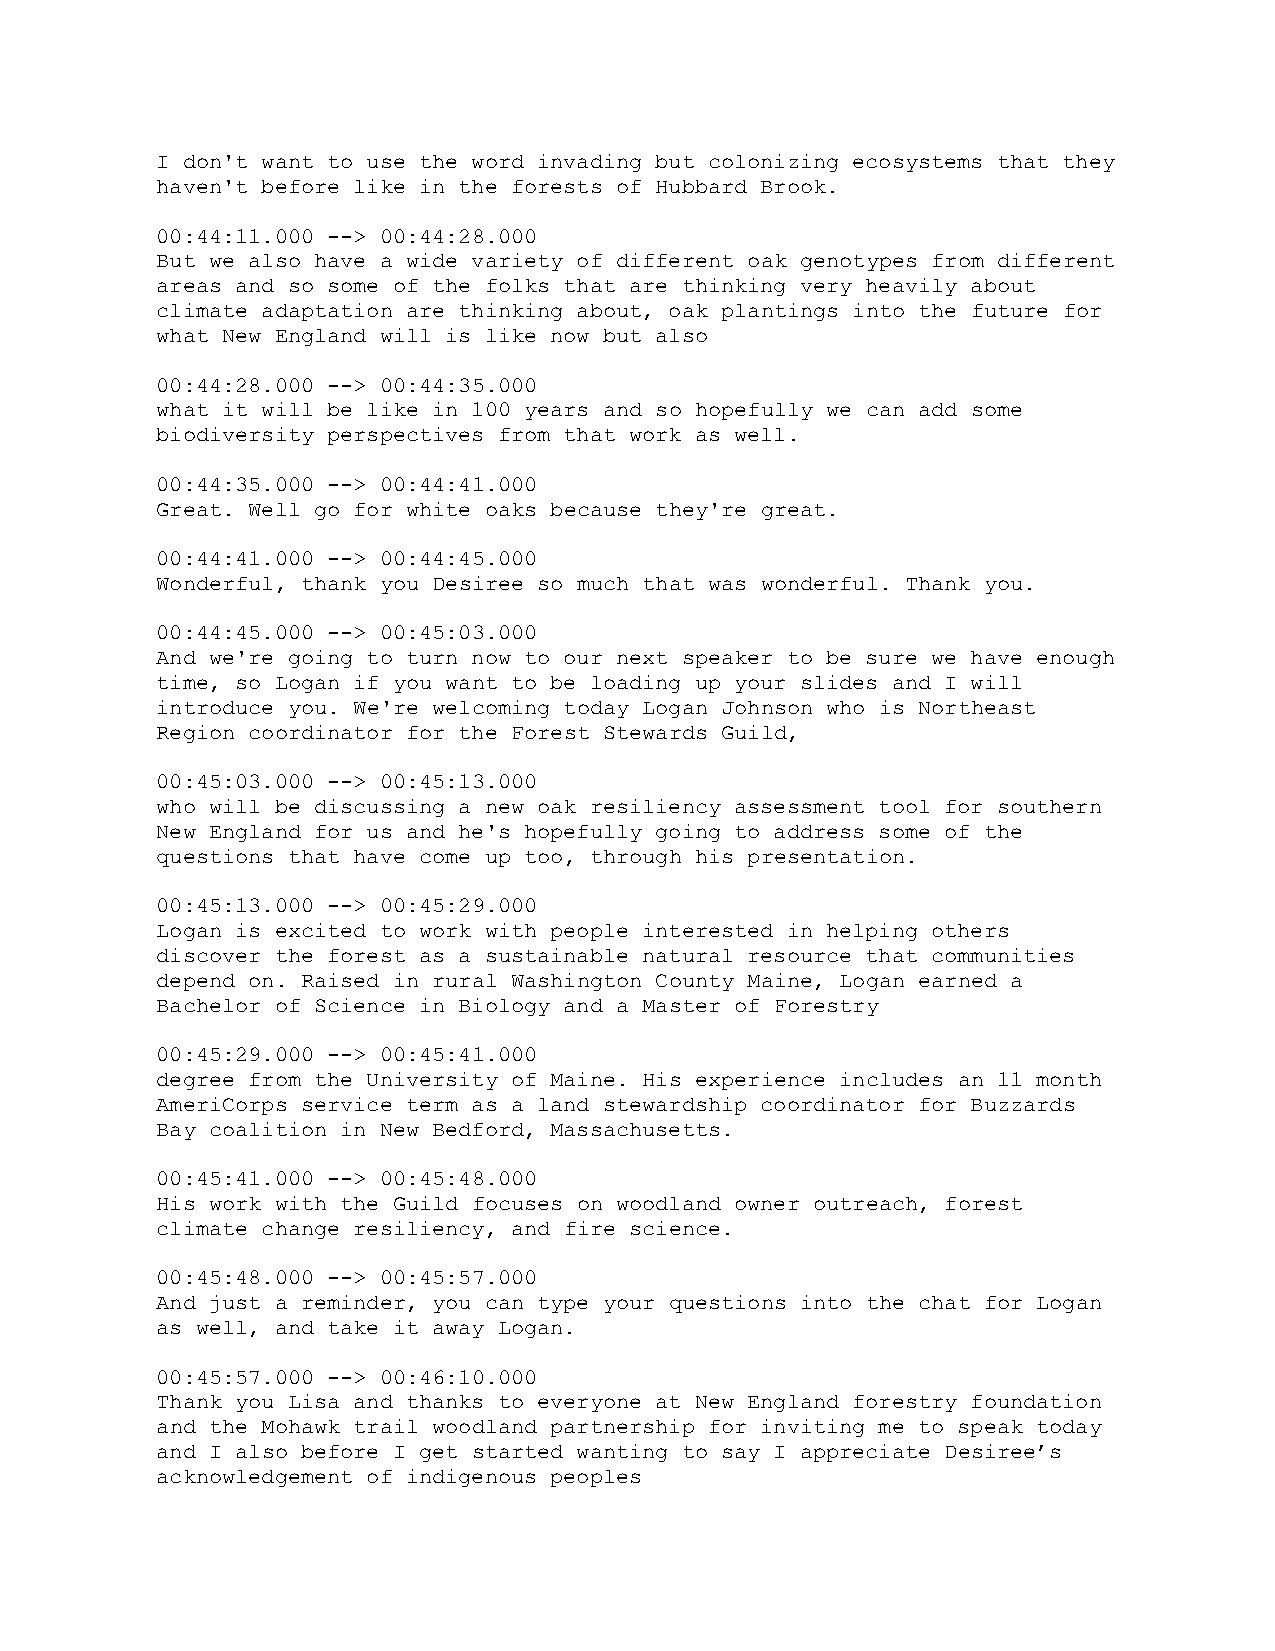
I don't want to use the word invading but colonizing ecosystems that they
 haven't before like in the forests of Hubbard Brook.
 00:44:11.000 --> 00:44:28.000
 But we also have a wide variety of different oak genotypes from different
 areas and so some of the folks that are thinking very heavily about
 climate adaptation are thinking about, oak plantings into the future for
 what New England will is like now but also
 00:44:28.000 --> 00:44:35.000
 what it will be like in 100 years and so hopefully we can add some
 biodiversity perspectives from that work as well.
 00:44:35.000 --> 00:44:41.000
 Great. Well go for white oaks because they're great.
 00:44:41.000 --> 00:44:45.000
 Wonderful, thank you Desiree so much that was wonderful. Thank you.
 00:44:45.000 --> 00:45:03.000
 And we're going to turn now to our next speaker to be sure we have enough
 time, so Logan if you want to be loading up your slides and I will
 introduce you. We're welcoming today Logan Johnson who is Northeast
 Region coordinator for the Forest Stewards Guild,
 00:45:03.000 --> 00:45:13.000
 who will be discussing a new oak resiliency assessment tool for southern
 New England for us and he's hopefully going to address some of the
 questions that have come up too, through his presentation.
 00:45:13.000 --> 00:45:29.000
 Logan is excited to work with people interested in helping others
 discover the forest as a sustainable natural resource that communities
 depend on. Raised in rural Washington County Maine, Logan earned a
 Bachelor of Science in Biology and a Master of Forestry
 00:45:29.000 --> 00:45:41.000
 degree from the University of Maine. His experience includes an 11 month
 AmeriCorps service term as a land stewardship coordinator for Buzzards
 Bay coalition in New Bedford, Massachusetts.
 00:45:41.000 --> 00:45:48.000
 His work with the Guild focuses on woodland owner outreach, forest
 climate change resiliency, and fire science.
 00:45:48.000 --> 00:45:57.000
 And just a reminder, you can type your questions into the chat for Logan
 as well, and take it away Logan.
 00:45:57.000 --> 00:46:10.000
 Thank you Lisa and thanks to everyone at New England forestry foundation
 and the Mohawk trail woodland partnership for inviting me to speak today
 and I also before I get started wanting to say I appreciate Desiree’s
 acknowledgement of indigenous peoples